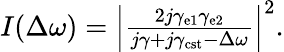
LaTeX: \begin{array}{r}{I(\Delta\omega)=\Big\lvert\frac{2j\gamma_{\mathrm{e1}}\gamma_{\mathrm{e2}}}{j\gamma+j\gamma_{\mathrm{cst}}-\Delta\omega}\Big\rvert^{2}.}\end{array}